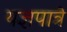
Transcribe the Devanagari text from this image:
यज्ञपात्रे